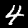
Digit: 4